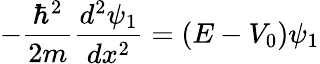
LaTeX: -{\frac{\hbar^{2}}{2m}}{\frac{d^{2}\psi_{1}}{dx^{2}}}=(E-V_{0})\psi_{1}